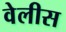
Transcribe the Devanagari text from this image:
वेलीस